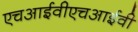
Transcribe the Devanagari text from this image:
एचआईवीएचआईवी